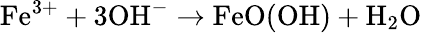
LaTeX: \mathrm{Fe}^{3+}+3\mathrm{OH}^{-}\rightarrow\mathrm{FeO(OH)}+\mathrm{H}_{2}\mathrm{O}